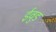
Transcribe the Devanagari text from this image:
ईवुड